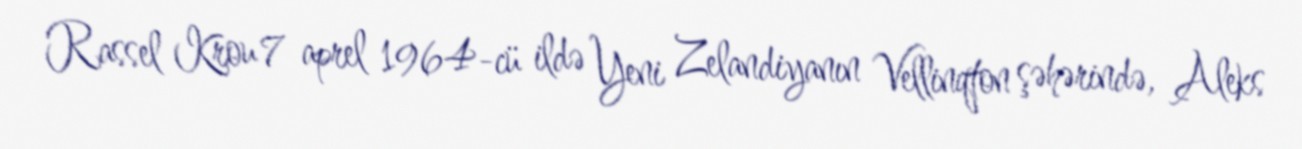
Rassel Krou 7 aprel 1964-cü ildə Yeni Zelandiyanın Vellinqton şəhərində, Aleks